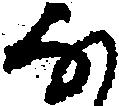
な